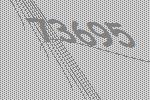
73695